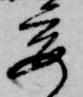
要